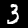
Digit: 3